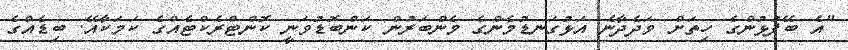
"އެ ބޭފުޅުންގެ ހިތަށް ވަދެދާނެ އަޅުގަނޑުމެންގެ މެންބަރުން ކަންބޮޑުވަނީ ކޮންޓްރެކްޓެއްގެ ކަމަކާއޭ. ބިޑެއްގެ